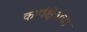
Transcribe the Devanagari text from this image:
कार्यक्षेत्राचा